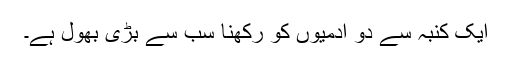
ایک کنبہ سے دو آدمیوں کو رکھنا سب سے بڑی بھول ہے۔